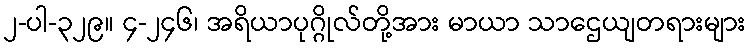
၂-ပါ-၃၂၉။ ၄-၂၄၆၊ အရိယာပုဂ္ဂိုလ်တို့အား မာယာ သာဌေယျတရားများ